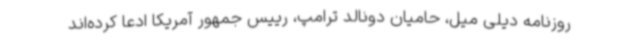
روزنامه دیلی میل، حامیان دونالد ترامپ، رییس جمهور آمریکا ادعا کرده‌اند